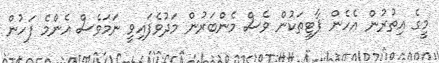
މީގެ އިތުރުން އެހެން ޕާޓީތަކުން ވެސް މެންބަރުން މަދުވެފައިވީ ނަމަވެސް އެންމެ ފަހުން